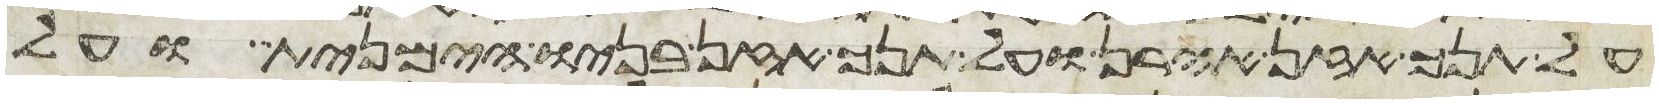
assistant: על תנך אזן אהרן ועל תנך אזן בניו הימנית ועל